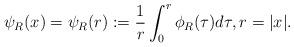
LaTeX: \begin{align*} \psi_R(x) = \psi_R(r):= \frac{1}{r} \int_0^{r} \phi_R(\tau) d\tau, r=|x|.\end{align*}